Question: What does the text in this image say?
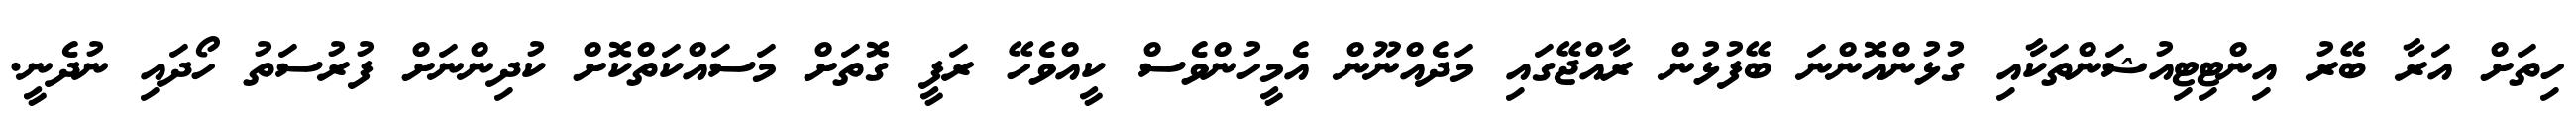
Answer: ހިތަށް އަރާ ބޭރު އިންޓިޓިއުޝަންތަކާއި ގުޅުންއޮންނަ ބޭފުޅުން ރާއްޖޭގައި މަދެއްނޫން އެމީހުންވެސް ކީއްވެހޭ ރަފީ ގޮތަށް މަސައްކަތްކޮށް ކުދިންނަށް ފުރުސަތު ހޯދައި ނުދެނީ.